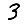
Digit: 3